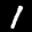
Label: 1